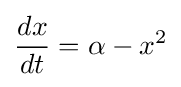
{\frac {dx}{dt}}=\alpha -x^{2}